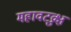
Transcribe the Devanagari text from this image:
महावटव्रुक्ष